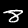
Label: 8